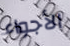
الأجواء